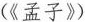
(《孟子》)